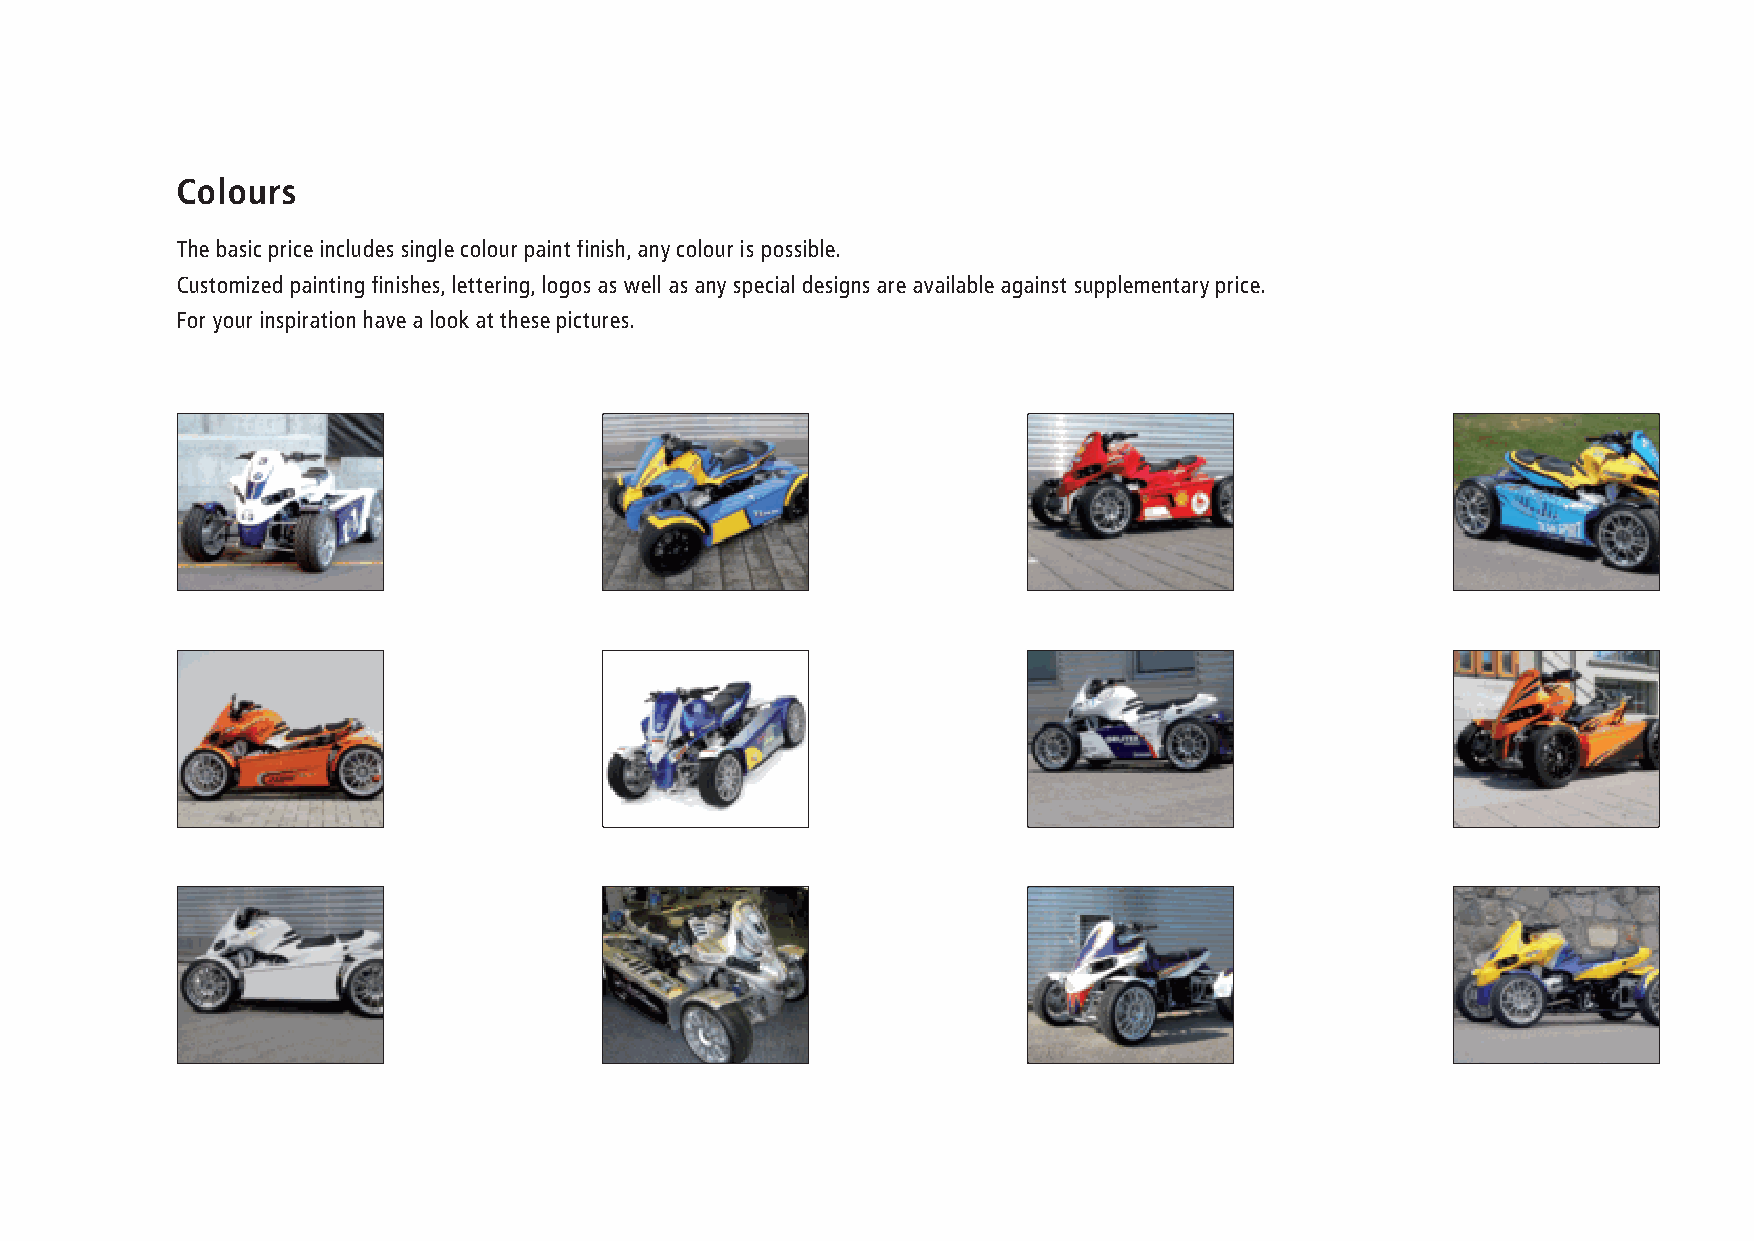
460818-Broschure_engl_she 25.8.2006 10:03 Uhr Seite 15
 Colours
 The basic price includes single colour paint finish, any colour is possible.
 Customized painting finishes, lettering, logos as well as any special designs are available against supplementary price.
 For your inspiration have a look at these pictures.